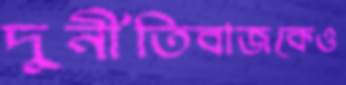
দুর্নীতিবাজকেও